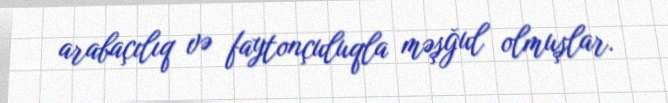
arabaçılıq və faytonçuluqla məşğul olmuşlar.